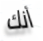
أنك